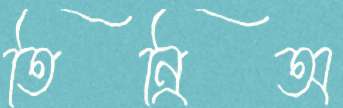
তিন্রিঅ